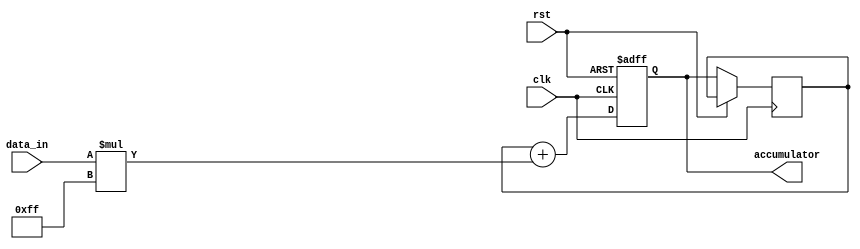
module iir_accumulator (
    input wire clk,
    input wire rst,
    input wire [7:0] data_in,
    output reg [15:0] accumulator
);

reg [7:0] filter_coefficient = 8'hFF;
reg [15:0] prev_accumulation = 16'd0;

always @(posedge clk or posedge rst) begin
    if (rst) begin
        accumulator <= 16'd0;
    end else begin
        accumulator <= prev_accumulation + (data_in * filter_coefficient);
        prev_accumulation <= accumulator;
    end
end
endmodule